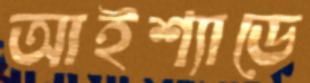
আইশ্যাডে